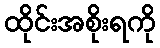
ထိုင်းအစိုးရကို